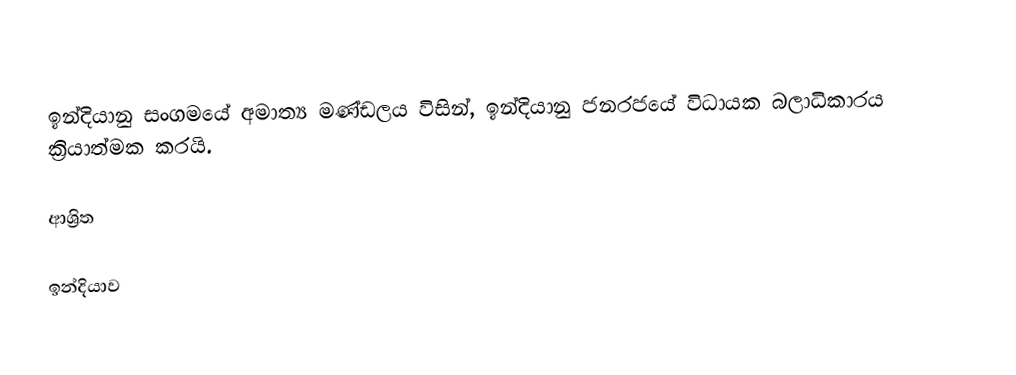
ඉන්දියානු සංගමයේ අමාත්‍ය මණ්ඩලය විසින්,  ඉන්දියානු ජනරජයේ  විධායක බලාධිකාරය ක්‍රියාත්මක කරයි.

ආශ්‍රිත

ඉන්දියාව